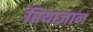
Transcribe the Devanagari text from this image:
रियाज़ान